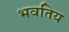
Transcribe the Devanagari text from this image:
भवतिय